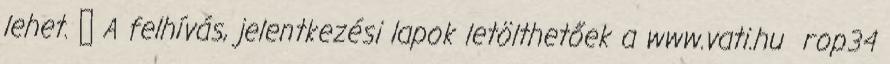
lehet.  A felhívás, jelentkezési lapok letölthetőek a www.vati.hu rop34